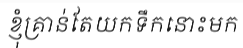
ខ្ញុំគ្រាន់តែយកទឹកនោះមក